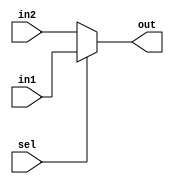
`timescale 1ns / 1ps
//////////////////////////////////////////////////////////////////////////////////
// Company: 
// Engineer: 
// 
// Design Name: 
// Module Name:    mux 
// Project Name: 
// Target Devices: 
// Tool versions: 
// Description: 
//
// Dependencies: 
//
// Revision: 
// Revision 0.01 - File Created
// Additional Comments: 
//
//////////////////////////////////////////////////////////////////////////////////
module mux(
	input [31:0] in1, in2,
	input sel,
	output [31:0] out
    );
	 

assign out = sel ? in1: in2;

endmodule